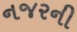
નજરની